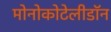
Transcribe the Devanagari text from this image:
मोनोकोटेलीडॉन